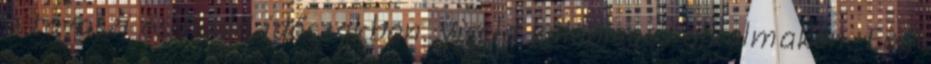
a tavaszi és nyári időszakban. Viseld különleges alkalmakon. Egy